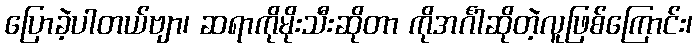
ပြောခဲ့ပါတယ်ဗျာ၊ ဆရာကိုမိုးသီးဆိုတာ ကိုအင်္ဂါဆိုတဲ့လူဖြစ်ကြောင်း၊